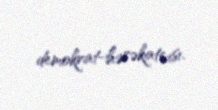
demokrat-hərəkatçısı.